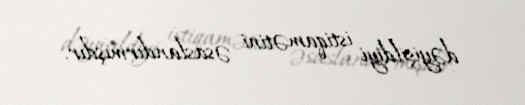
dəyişildiyi istiqamətini əsaslandırmışdır.